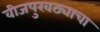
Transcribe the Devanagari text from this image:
वीजपुरवठ्याचा